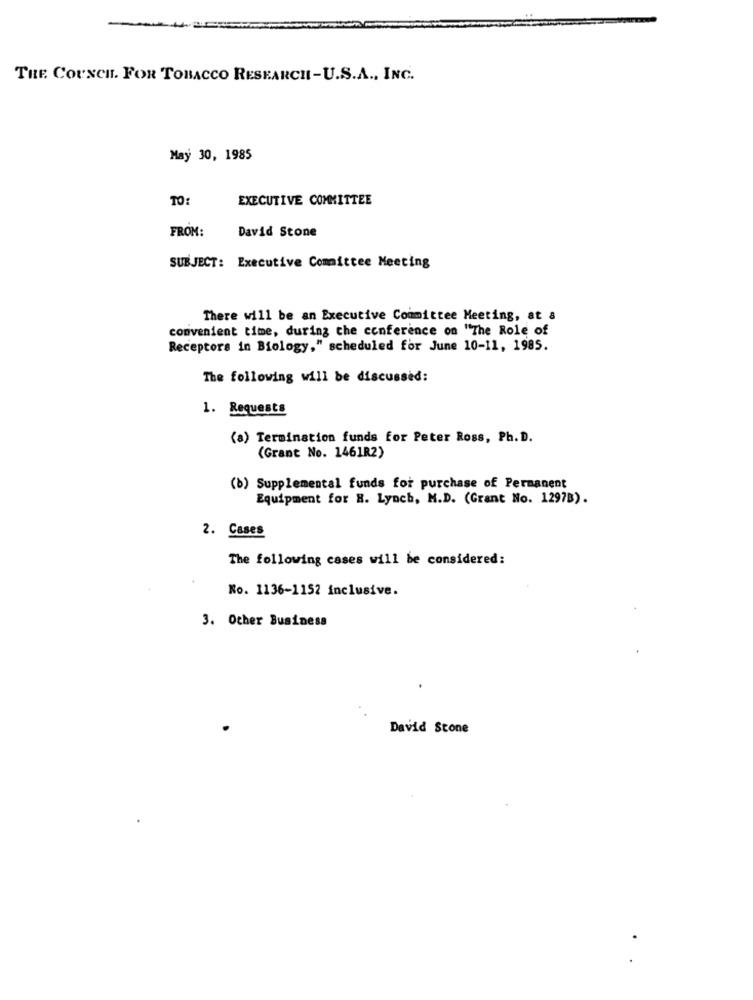
THE COUNCIL. FOR TOBACCO RESEARCH-U.S.A ., INC.
May 30, 1985
TO:
EXECUTIVE COMMITTEE
FROM:
David Stone
SUBJECT: Executive Committee Meeting
There will be an Executive Committee Meeting, at &
convenient time, during the conference on "The Role of
Receptors in Biology," scheduled for June 10-11, 1985.
The following will be discussed:
1. Requests
(a) Termination funds for Peter Ross, Ph. D.
(Grant No. 1461R2)
(b) Supplemental funds for purchase of Permanent
Equipment for H. Lynch, M.D. (Grant No. 1297B).
2. Cases
The following cases will be considered:
No. 1136-1152 inclusive.
3. Other Business
David Stone